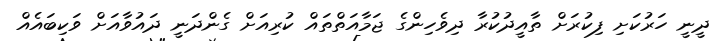
ދީނީ ހަރުކަށި ފިކުރަށް ތާއީދުކުރާ ދިވެހިންގެ ޖަމާއަތްތައް ކުރިއަށް ގެންދަނީ ދައުވާއަށް ވަކިބައެއް